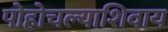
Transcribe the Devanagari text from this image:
पोहोचल्याशिवाय